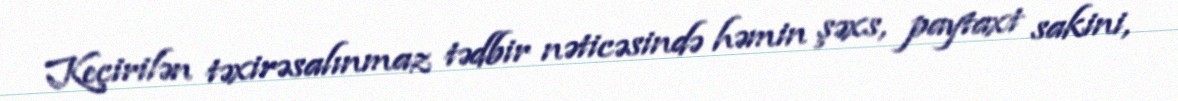
Keçirilən təxirəsalınmaz tədbir nəticəsində həmin şəxs, paytaxt sakini,